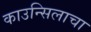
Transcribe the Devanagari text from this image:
काउन्सिलाचा